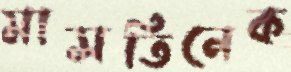
মাসতিনেক